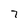
Character: 7